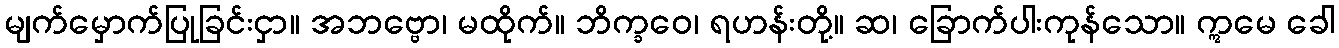
မျက်မှောက်ပြုခြင်းငှာ။ အဘဗ္ဗော၊ မထိုက်။ ဘိက္ခဝေ၊ ရဟန်းတို့။ ဆ၊ ခြောက်ပါးကုန်သော။ ဣမေ ခေါ